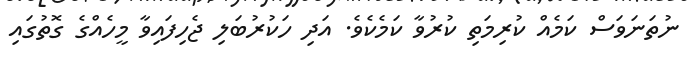
ނުތަނަވަސް ކަމެއް ކުރިމަތި ކުރުވާ ކަމެކެވެ. އަދި ހަކުރުބަލި ޖެހިފައިވާ މީހެއްގެ ގޮތުގައި